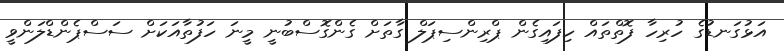
އަޅުގަނޑުގެ ހުރިހާ ފޮތްތައް ހިފައިގެން ޕްރިންސިޕަލް ގާތަށް ގެންގޮސްބުނީ މީނަ ހަފުތާއަކަށް ސަސްޕެންޑްލަންވީ